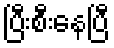
ပြီးစီးနေပြီ